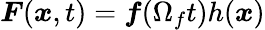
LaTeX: \boldsymbol{F}(\boldsymbol{x},t)=\boldsymbol{f}(\Omega_{f}t)h(\boldsymbol{x})